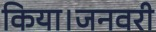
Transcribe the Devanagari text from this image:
किया।जनवरी